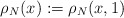
\begin{align*}\rho_N(x):=\rho_N(x,1)\end{align*}